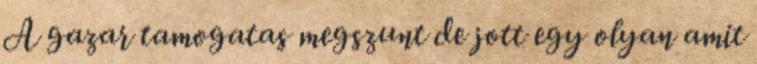
A gazar tamogatas megszunt de jott egy olyan amit